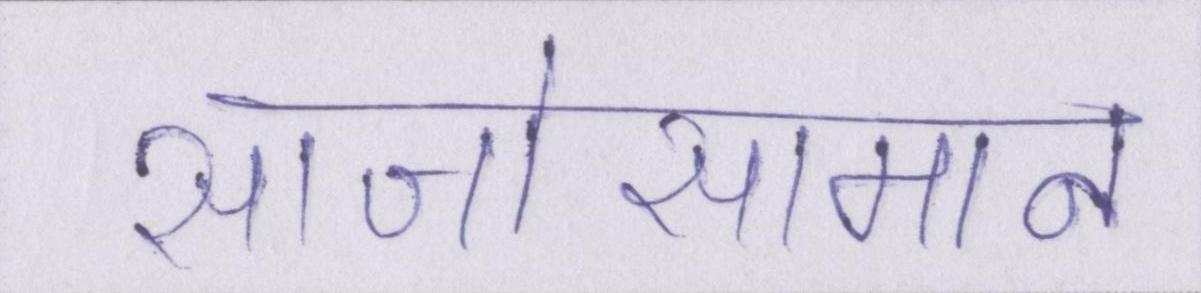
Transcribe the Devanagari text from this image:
साजोसामान